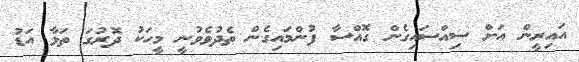
އައިރީން އަށް ސިއްސައިގެން ގޮއްސާ ފުންމައިގެން ތެދުވެވުނީ މީހަކު ދޮރުގަ ތަޅާ އަޑު